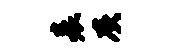
表灰